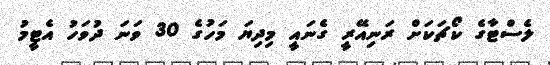
ލެސްޓާގެ ކޯޗަކަށް ރަނިއޭރީ ގެނައީ މިދިޔަ މަހުގެ 30 ވަނަ ދުވަހު އެޓީމު